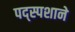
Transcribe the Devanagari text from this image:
पद्स्पशाने